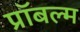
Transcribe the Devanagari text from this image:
प्रॉबल्म